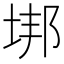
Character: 垹